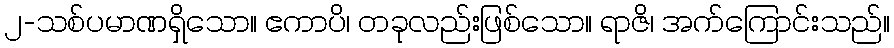
၂-သစ်ပမာဏရှိသော။ ဧကာပိ၊ တခုလည်းဖြစ်သော။ ရာဇိ၊ အက်ကြောင်းသည်။